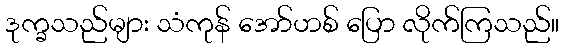
ဒုက္ခသည်များ သံကုန် အော်ဟစ် ပြော လိုက်ကြသည်။